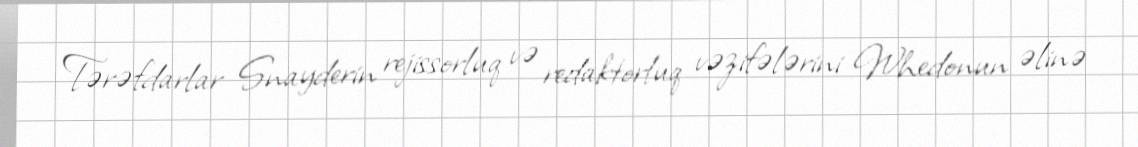
Tərəfdarlar Snayderin rejissorluq və redaktorluq vəzifələrini Whedonun əlinə